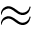
\approx